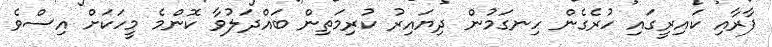
ފާރާއި ކައިރީގައި ހުރެގެން ހިނގަމުން ދިޔައިރު ކުރިމަތިން ބައްދަލުވާ ކޮންމެ މީހަކަށް އިސްވެ